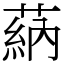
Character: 蒳